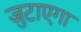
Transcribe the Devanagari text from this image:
जुटाएगा